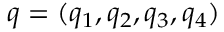
q = ( q _ { 1 } , q _ { 2 } , q _ { 3 } , q _ { 4 } )